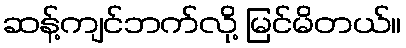
ဆန့်ကျင်ဘက်လို့ မြင်မိတယ်။